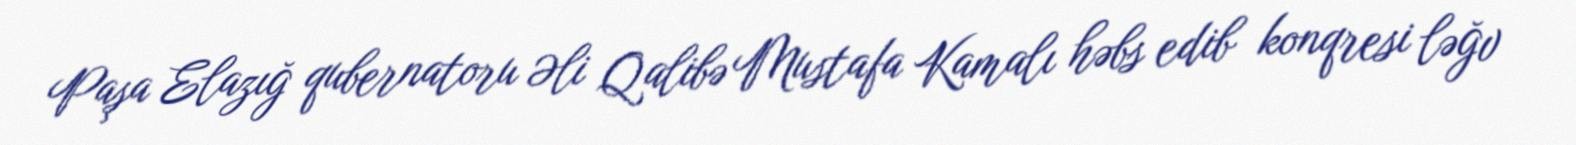
Paşa Elazığ qubernatoru Əli Qalibə Mustafa Kamalı həbs edib konqresi ləğv